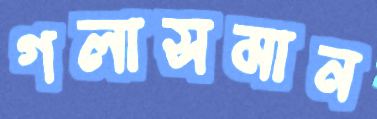
গলাসমান